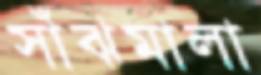
সাঁঝমালা